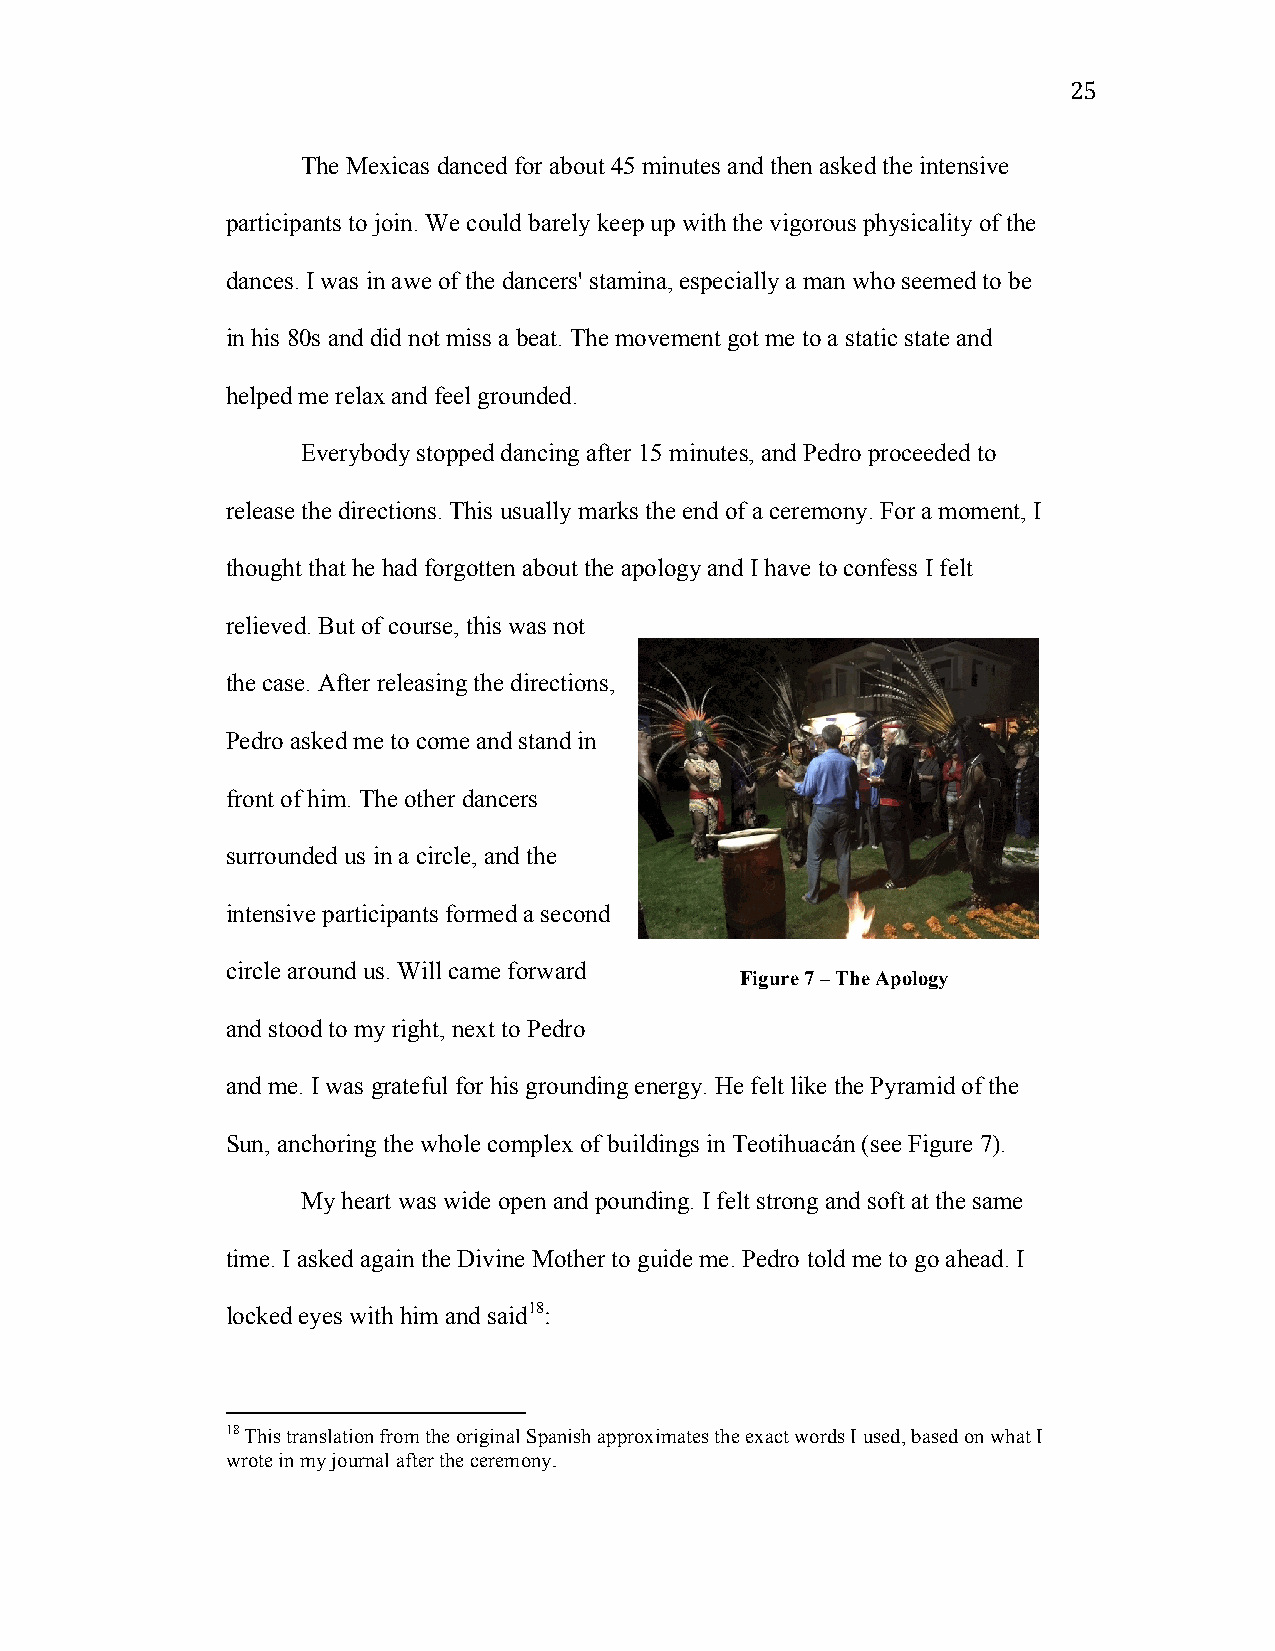
25
 The Mexicas danced for about 45 minutes and then asked the intensive
 participants to join. We could barely keep up with the vigorous physicality of the
 dances. I was in awe of the dancers' stamina, especially a man who seemed to be
 in his 80s and did not miss a beat. The movement got me to a static state and
 helped me relax and feel grounded.
 Everybody stopped dancing after 15 minutes, and Pedro proceeded to
 release the directions. This usually marks the end of a ceremony. For a moment, I
 thought that he had forgotten about the apology and I have to confess I felt
 relieved. But of course, this was not
 the case. After releasing the directions,
 Pedro asked me to come and stand in
 front of him. The other dancers
 surrounded us in a circle, and the
 intensive participants formed a second
 circle around us. Will came forward
 Figure 7 – The Apology
 and stood to my right, next to Pedro
 and me. I was grateful for his grounding energy. He felt like the Pyramid of the
 Sun, anchoring the whole complex of buildings in Teotihuacán (see Figure 7).
 My heart was wide open and pounding. I felt strong and soft at the same
 time. I asked again the Divine Mother to guide me. Pedro told me to go ahead. I
 locked eyes with him and said18:
 18 This translation from the original Spanish approximates the exact words I used, based on what I
 wrote in my journal after the ceremony.